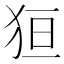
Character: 狟